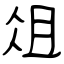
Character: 俎